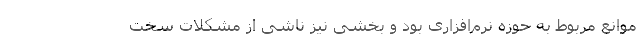
موانع مربوط به حوزه نرم‌افزاری بود و بخشی نیز ناشی از مشکلات سخت‌